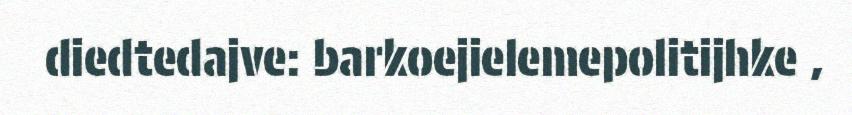
diedtedajve: barkoejielemepolitijhke ,